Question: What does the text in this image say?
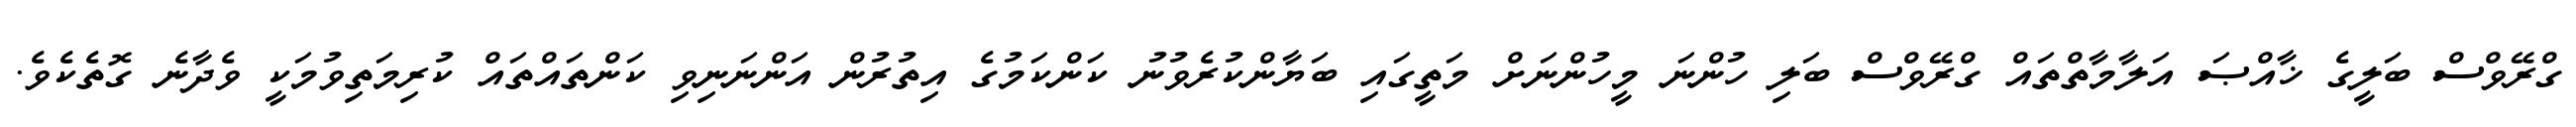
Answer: ގްރޭވްސް ބަލީގެ ޚާއްޞަ އަލާމާތްތައް ގްރޭވްސް ބަލި ހުންނަ މީހުންނަށް މަތީގައި ބަޔާންކުރެވުނު ކަންކަމުގެ އިތުރުން އަންނަނިވި ކަންތައްތައް ކުރިމަތިވުމަކީ ވެދާނެ ގޮތެކެވެ.